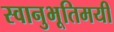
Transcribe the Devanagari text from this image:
स्वानुभूतिमयी